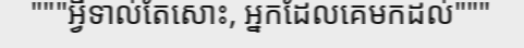
"""អ្វីទាល់តែសោះ, អ្នកដែលគេមកដល់"""